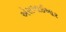
એસઆઈઆર